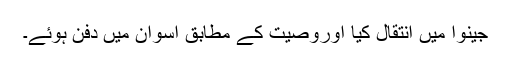
جینوا میں انتقال کیا اوروصیت کے مطابق اسوان میں دفن ہوئے۔